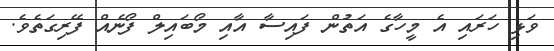
ވަޅި ހަރައި އެ މީހާގެ އަތުން ފައިސާ އާއި މޯބައިލް ފޯނެއް ފޭރިގަތެވެ.